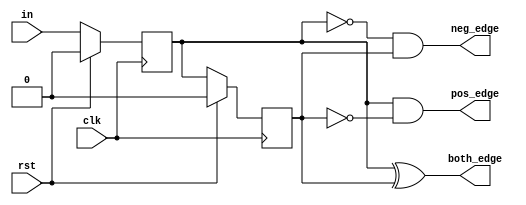
`timescale 1ns / 1ps
//////////////////////////////////////////////////////////////////////////////////
// Company: 
// Engineer: 
// 
// Design Name: 
// Module Name: async_seq_det
// Project Name: 
// Target Devices: 
// Tool Versions: 
// Description: 
// 
// Dependencies: 
// 
// Revision:
// Revision 0.01 - File Created
// Additional Comments:
// 
//////////////////////////////////////////////////////////////////////////////////



module async_seq_det(input in, input clk,input rst, output pos_edge,output neg_edge, output both_edge);
    reg sync_in;
    reg d_in;
    
    always @(posedge clk) begin
        if(rst) begin
            sync_in <=0;
            d_in <=0;
        end
        else begin
            sync_in <= in;
            d_in <= sync_in;
        end
    end
    
    assign pos_edge = sync_in&&(~d_in);
    assign neg_edge = (~sync_in)&&d_in;
   assign both_edge = sync_in^d_in;

endmodule